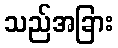
သည်အခြား